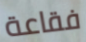
فقاعة